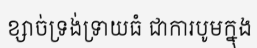
ខ្សាច់ទ្រង់ទ្រាយធំ ជាការបូមក្នុង